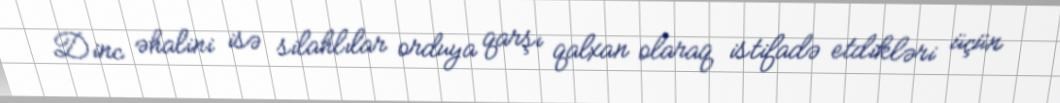
Dinc əhalini isə silahlılar orduya qarşı qalxan olaraq istifadə etdikləri üçün